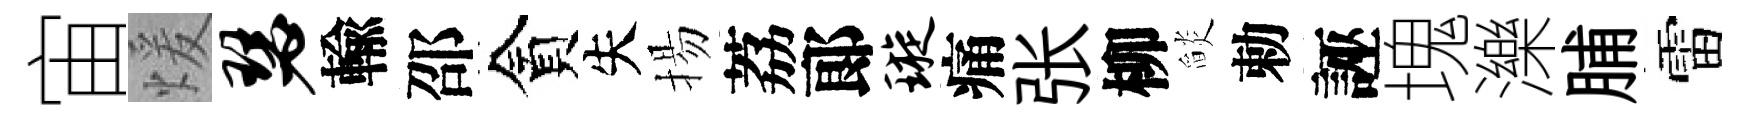
宙煖瑟輸邵貪失揚荔郞璇痛张柳𦦨勅誣塊濼脯雷